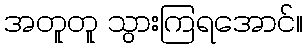
အတူတူ သွားကြရအောင်။